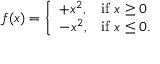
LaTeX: f ( x ) = { \left\{ \begin{array} { l l } { + x ^ { 2 } , } & { { \mathrm { i f ~ } } x \geq 0 } \\ { - x ^ { 2 } , } & { { \mathrm { i f ~ } } x \leq 0 . } \end{array} \right. }